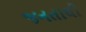
જનતાથી